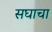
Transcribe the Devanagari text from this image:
सघाचा